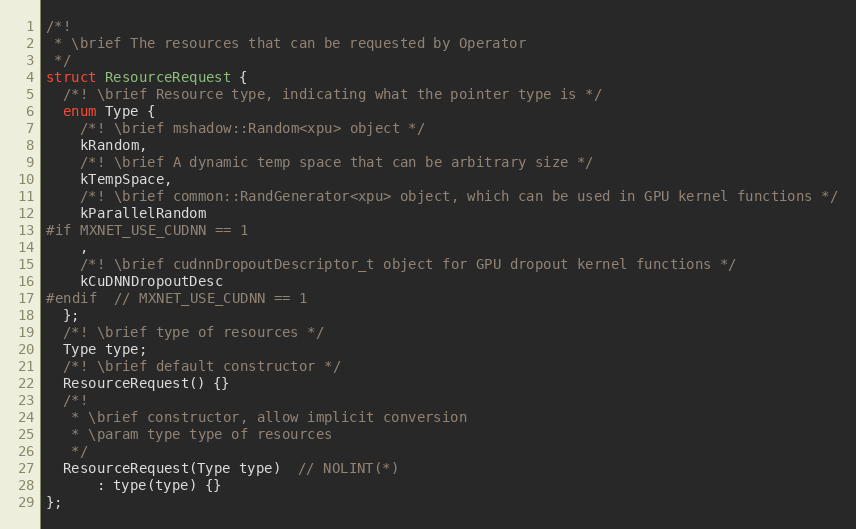
Language: C
/*!
 * \brief The resources that can be requested by Operator
 */
struct ResourceRequest {
  /*! \brief Resource type, indicating what the pointer type is */
  enum Type {
    /*! \brief mshadow::Random<xpu> object */
    kRandom,
    /*! \brief A dynamic temp space that can be arbitrary size */
    kTempSpace,
    /*! \brief common::RandGenerator<xpu> object, which can be used in GPU kernel functions */
    kParallelRandom
#if MXNET_USE_CUDNN == 1
    ,
    /*! \brief cudnnDropoutDescriptor_t object for GPU dropout kernel functions */
    kCuDNNDropoutDesc
#endif  // MXNET_USE_CUDNN == 1
  };
  /*! \brief type of resources */
  Type type;
  /*! \brief default constructor */
  ResourceRequest() {}
  /*!
   * \brief constructor, allow implicit conversion
   * \param type type of resources
   */
  ResourceRequest(Type type)  // NOLINT(*)
      : type(type) {}
};